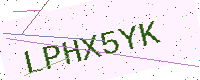
Text: LPHX5YK